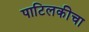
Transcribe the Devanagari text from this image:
पाटिलकीचा